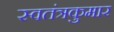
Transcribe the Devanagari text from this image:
स्वतंत्रकुमार